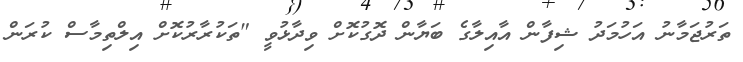
ތަރުޖަމާނު އަހުމަދު ޝިފާން އާއިލާގެ ބަޔާން ދޮގުކޮށް ވިދާޅުވީ "ތަކުރާރުކޮށް އިލްތިމާސް ކުރަން